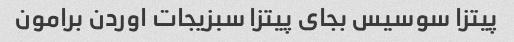
پیتزا سوسیس بجای پیتزا سبزیجات اوردن برامون